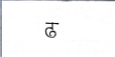
मजकूर: ढ